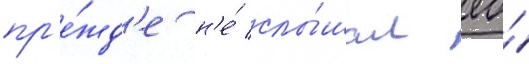
пр'е́жд'е н'е́ слы́шал ео́